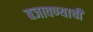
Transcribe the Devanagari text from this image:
बजावण्याची